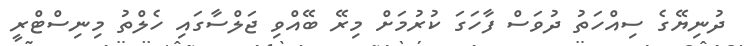
ދުނިޔޭގެ ސިއްހަތު ދުވަސް ފާހަގަ ކުރުމަށް މިރޭ ބޭއްވި ޖަލްސާގައި ހެލްތު މިނިސްޓްރީ